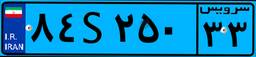
۸۴S۲۵۰۳۳